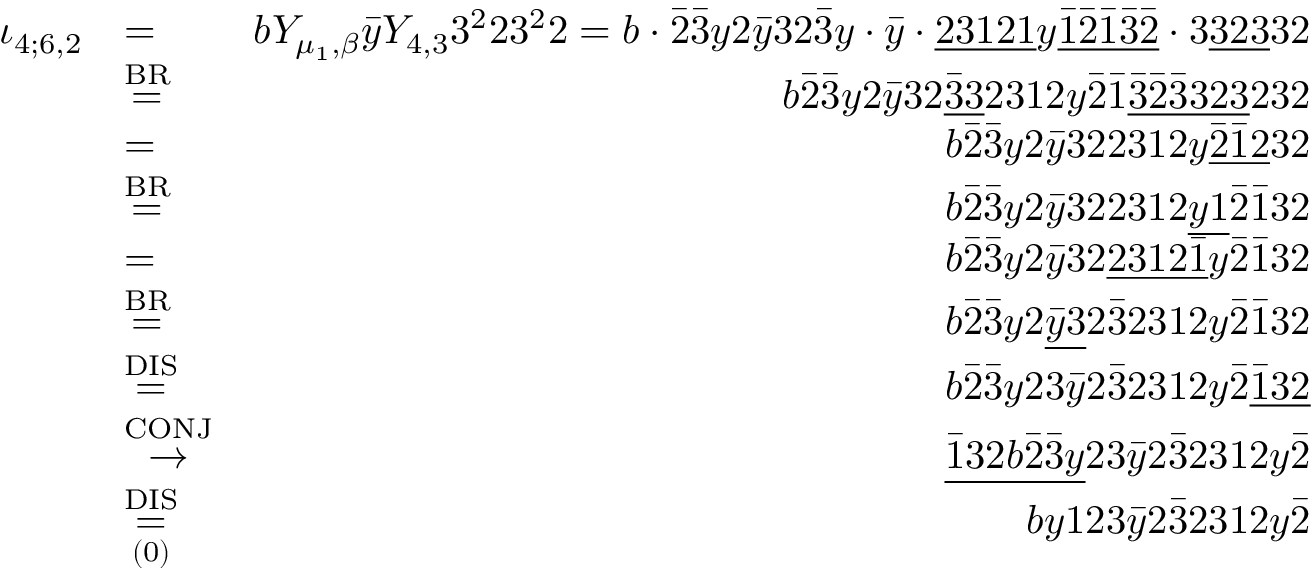
\begin{array} { r l r } { \iota _ { 4 ; 6 , 2 } } & { = } & { b Y _ { \mu _ { 1 } , \beta } \bar { y } Y _ { 4 , 3 } 3 ^ { 2 } 2 3 ^ { 2 } 2 = b \cdot \bar { 2 } \bar { 3 } y 2 \bar { y } 3 2 \bar { 3 } y \cdot \bar { y } \cdot \underline { { 2 3 1 2 1 } } y \underline { { \bar { 1 } \bar { 2 } \bar { 1 } \bar { 3 } \bar { 2 } } } \cdot 3 \underline { { 3 2 3 } } 3 2 } \\ & { \stackrel { \mathrm { B R } } { = } } & { b \bar { 2 } \bar { 3 } y 2 \bar { y } 3 2 \underline { { \bar { 3 } 3 } } 2 3 1 2 y \bar { 2 } \bar { 1 } \underline { { \bar { 3 } \bar { 2 } \bar { 3 } 3 2 3 } } 2 3 2 } \\ & { = } & { b \bar { 2 } \bar { 3 } y 2 \bar { y } 3 2 2 3 1 2 y \underline { { \bar { 2 } \bar { 1 } 2 } } 3 2 } \\ & { \stackrel { \mathrm { B R } } { = } } & { b \bar { 2 } \bar { 3 } y 2 \bar { y } 3 2 2 3 1 2 \underline { { y 1 } } \bar { 2 } \bar { 1 } 3 2 } \\ & { = } & { b \bar { 2 } \bar { 3 } y 2 \bar { y } 3 2 \underline { { 2 3 1 2 \bar { 1 } } } y \bar { 2 } \bar { 1 } 3 2 } \\ & { \stackrel { \mathrm { B R } } { = } } & { b \bar { 2 } \bar { 3 } y 2 \underline { { \bar { y } 3 } } 2 \bar { 3 } 2 3 1 2 y \bar { 2 } \bar { 1 } 3 2 } \\ & { \stackrel { \mathrm { D I S } } { = } } & { b \bar { 2 } \bar { 3 } y 2 3 \bar { y } 2 \bar { 3 } 2 3 1 2 y \bar { 2 } \underline { { \bar { 1 } 3 2 } } } \\ & { \stackrel { \mathrm { C O N J } } { \to } } & { \underline { { \bar { 1 } 3 2 b \bar { 2 } \bar { 3 } y } } 2 3 \bar { y } 2 \bar { 3 } 2 3 1 2 y \bar { 2 } } \\ & { \overset { \mathrm { D I S } } { \underset { \mathrm { ( 0 ) } } { = } } } & { b y 1 2 3 \bar { y } 2 \bar { 3 } 2 3 1 2 y \bar { 2 } } \end{array}